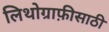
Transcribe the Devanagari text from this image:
लिथोग्राफ़ीसाठी